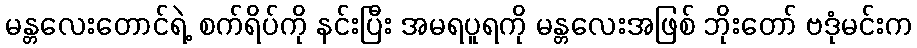
မန္တလေးတောင်ရဲ့ စက်ရိပ်ကို နင်းပြီး အမရပူရကို မန္တလေးအဖြစ် ဘိုးတော် ဗဒုံမင်းက